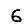
Digit: 6